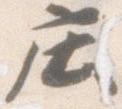
庄